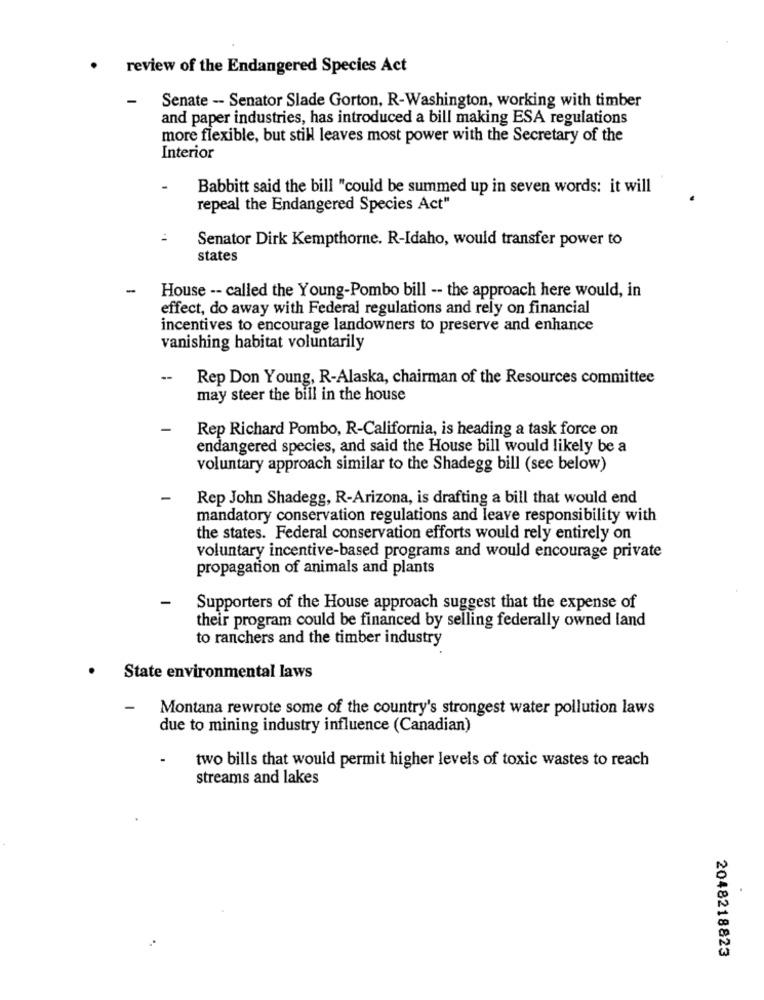
· review of the Endangered Species Act
-
Senate - Senator Slade Gorton, R-Washington, working with timber
and paper industries, has introduced a bill making ESA regulations
more flexible, but still leaves most power with the Secretary of the
Interior
Babbitt said the bill "could be summed up in seven words: it will
repeal the Endangered Species Act"
Senator Dirk Kempthorne. R-Idaho, would transfer power to
states
-
House -- called the Young-Pombo bill -- the approach here would, in
effect, do away with Federal regulations and rely on financial
incentives to encourage landowners to preserve and enhance
vanishing habitat voluntarily
Rep Don Young, R-Alaska, chairman of the Resources committee
may steer the bill in the house
-
Rep Richard Pombo, R-California, is heading a task force on
endangered species, and said the House bill would likely be a
voluntary approach similar to the Shadegg bill (see below)
-
Rep John Shadegg, R-Arizona, is drafting a bill that would end
mandatory conservation regulations and leave responsibility with
the states. Federal conservation efforts would rely entirely on
voluntary incentive-based programs and would encourage private
propagation of animals and plants
-
Supporters of the House approach suggest that the expense of
their program could be financed by selling federally owned land
to ranchers and the timber industry
State environmental laws
-
Montana rewrote some of the country's strongest water pollution laws
due to mining industry influence (Canadian)
-
two bills that would permit higher levels of toxic wastes to reach
streams and lakes
2048218823